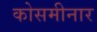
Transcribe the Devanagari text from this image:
कोसमीनार